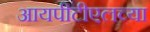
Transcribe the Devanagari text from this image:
आयपीटीएलच्या